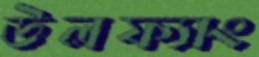
উলফ্যাং